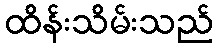
ထိန်းသိမ်းသည်